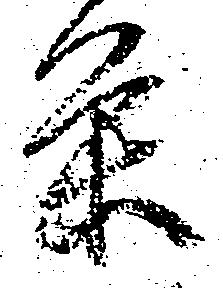
条